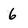
Character: 6